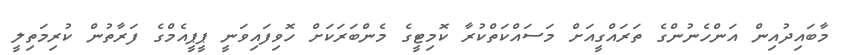
މާބައިދުއިން އަންހެނުންގެ ތަރައްގީއަށް މަސައްކަތްކުރާ ކޮމިޓީގެ މެންބަރަކަށް ހޮވިފައިވަނީ ޕީޕީއެމްގެ ފަރާތުން ކުރިމަތިލީ